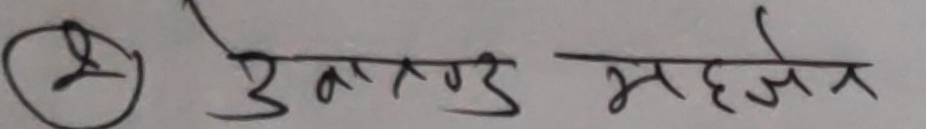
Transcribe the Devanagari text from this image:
उत्तराखण्ड सहजैन